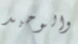
والوحيد